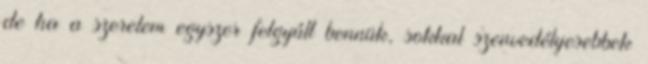
de ha a szerelem egyszer felgyúlt bennük, sokkal szenvedélyesebbek